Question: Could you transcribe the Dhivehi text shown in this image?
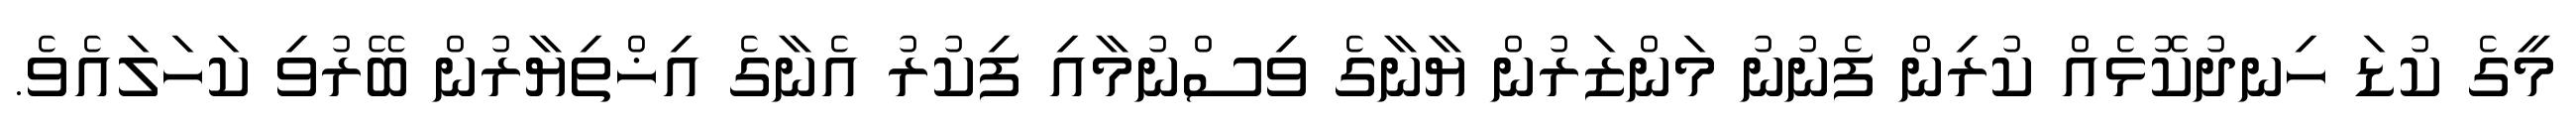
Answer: މީގެ ކުޑަ ހިނދުކޮޅެއް ކުރިން ފެނުނު މަންޒަރުން ޔާނާގެ ވިސްނުމާއި ފިކުރު އެނާގެ އިޚްތިޔާރުން ބޭރުވި ކަހަލައެވެ.